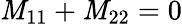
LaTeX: \mathit{M}_{\mathrm{{11}}}+\mathit{M}_{\mathrm{{22}}}=0